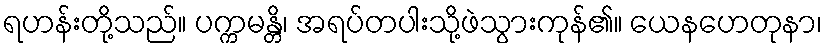
ရဟန်းတို့သည်။ ပက္ကမန္တိ၊ အရပ်တပါးသို့ဖဲသွားကုန်၏။ ယေနဟေတုနာ၊